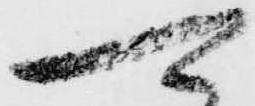
可